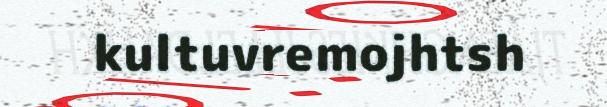
kultuvremojhtsh